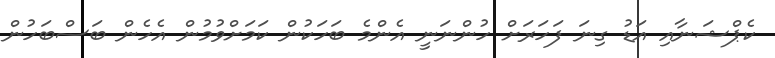
ކެޕްޝަނާއި އަޑު ގިނަ ފަހަރަށް ހުންނަނީ އެންމެ ބަހަކުން ކަމަށްވުމުން އެހެން ބަސްބަހުން